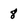
Character: 8